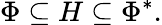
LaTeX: \Phi\subseteq H\subseteq\Phi^{*}.